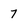
Character: 7